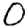
Digit: 0